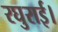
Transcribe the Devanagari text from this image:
रघुराई।